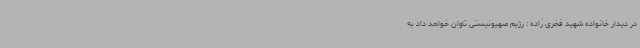
در دیدار خانواده شهید فخری زاده : رژیم صهیونیستی تاوان خواهد داد به